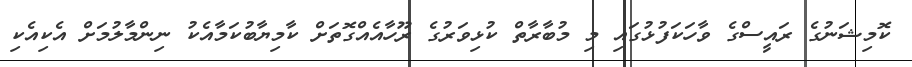
ކޮމިޝަނުގެ ރައީސްގެ ވާހަކަފުޅުގައި މި މުބާރާތް ކުޅިވަރުގެ ރޫހާއެއްގޮތަށް ކާމިޔާބުކަމާއެކު ނިންމާލުމަށް އެކިއެކި